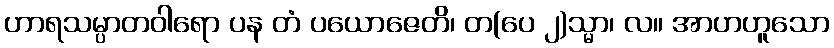
ဟာရသမ္ပာတဝါရော ပန တံ ပယောဇေတိ၊ တ(ပေ ၂)သ္မာ၊ လ။ အာဟဟူသော